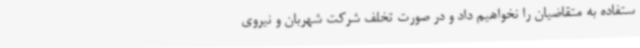
ستفاده به متقاضیان را نخواهیم داد و در صورت تخلف شرکت شهربان و نیروی